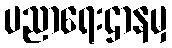
ပညာရေးဌာနမှ